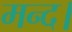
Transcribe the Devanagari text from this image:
मन्द।